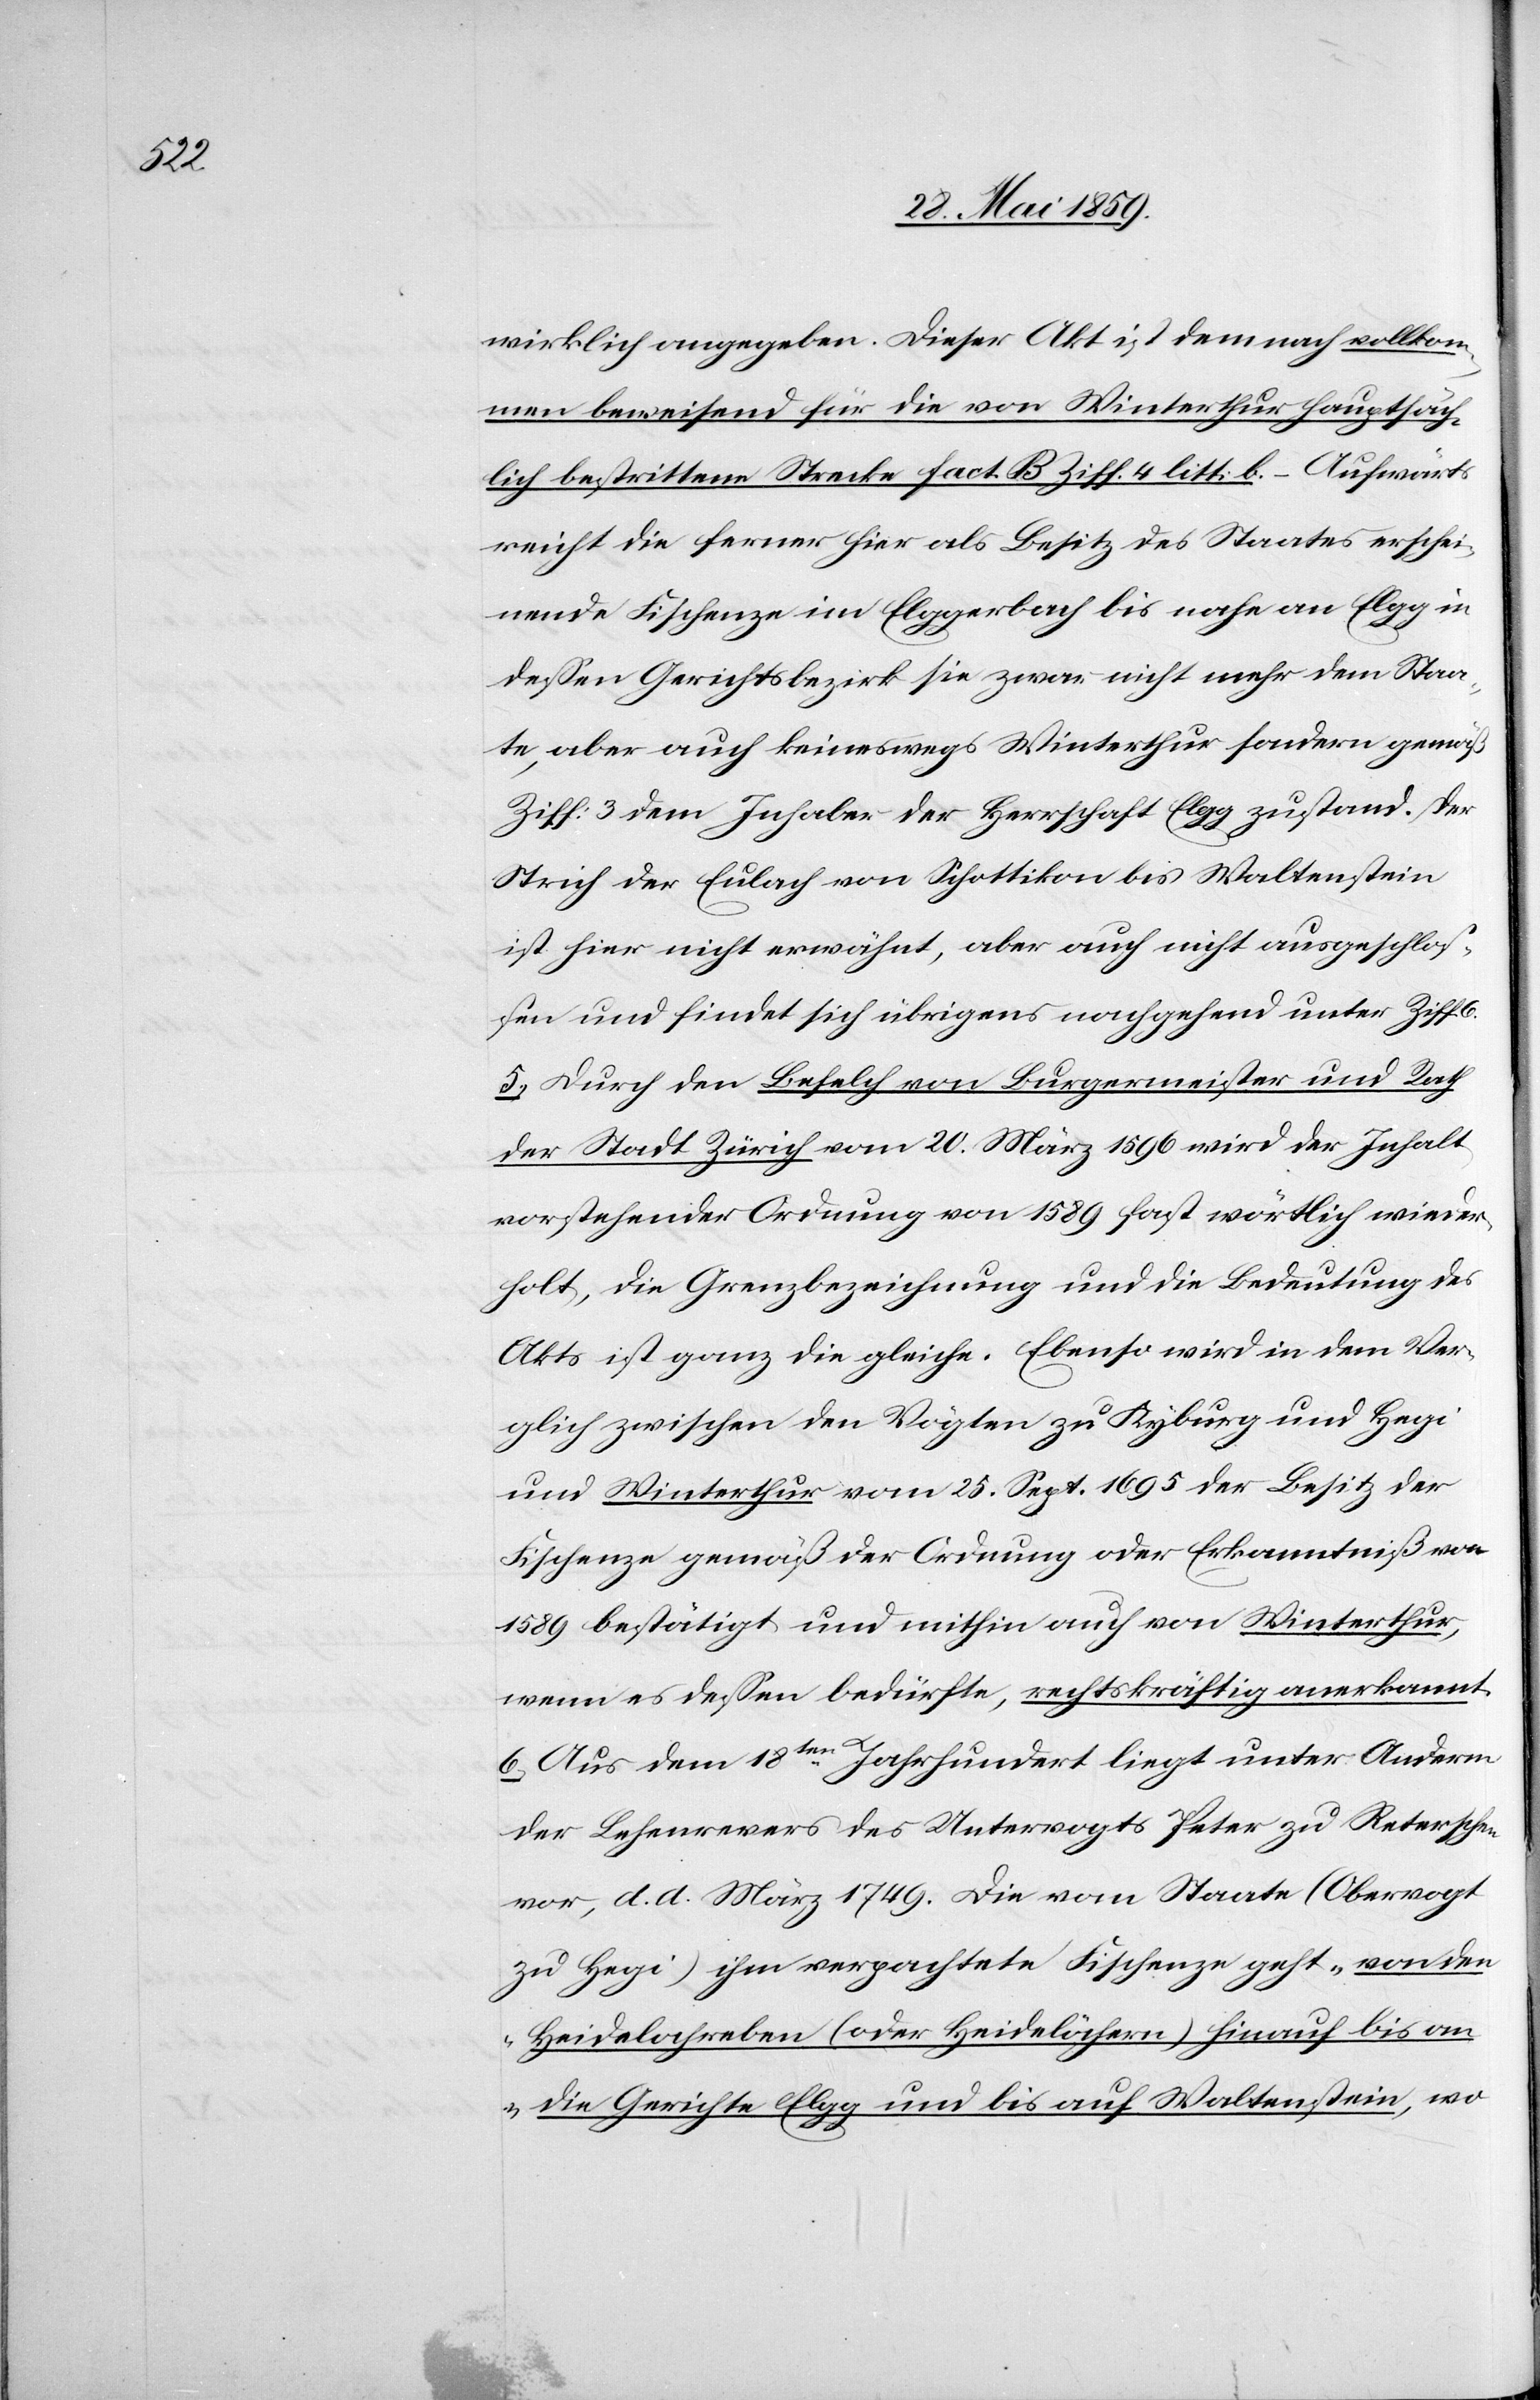
glich

wirklich angegeben. Dieser Akt ist demnach vollkom¬
men beweisend für die von Winterthur hauptsäch¬
lich bestrittene Strecke fact. B Ziff. 4 litt: b. – Aufwärts
reicht die ferner hier als Besitz des Staates erschei¬
nende Fischenze im Elggerbach bis nahe an Elgg in
dessen Gerichtsbezirk sie zwar nicht mehr dem Staa¬
te, aber auch keineswegs Winterthur sondern gemäß
Ziff: 3 dem Inhaber der Herrschaft Elgg zustand. Der
Strich der Eulach von Schottikon bis Waltenstein
ist hier nicht erwähnt, aber auch nicht ausgeschlos¬
sen und findet sich übrigens nachgehend unter Ziff. 6.
5) Durch den Befelch von Burgermeister und Rath
der Stadt Zürich vom 20. März 1596 wird der Inhalt
vorstehender Ordnung von 1589 fast wörtlich wieder¬
holt, die Grenzbezeichnung und die Bedeutung des
Akts ist ganz die gleiche. Ebenso wird in dem Ver¬
[sic!] zwischen den Vögten zu Kyburg und Hegi
und Winterthur vom 25. Sept. 1695 der Besitz der
Fischenze gemäß der Ordnung oder Erkenntniß von
1589 bestätigt und mithin auch von Winterthur,
wenn es dessen bedürfte, rechtskräftig anerkannt.
6) Aus dem 18ten Jahrhundert liegt unter Anderm
der Lehenrevers des Untervogts Peter zu Reterschen
vor, d. d. März 1749. Die vom Staate (Obervogt
zu Hegi) ihm verpachtete Fischenze geht „von den
Heidelochreben (oder Heidelöchern) hinauf bis an
die Gerichte Elgg und bis auf Waltenstein, wo